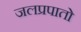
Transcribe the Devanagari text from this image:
जलप्रपातो